Annual report on the working of the lock hospitals in the Central Provinces
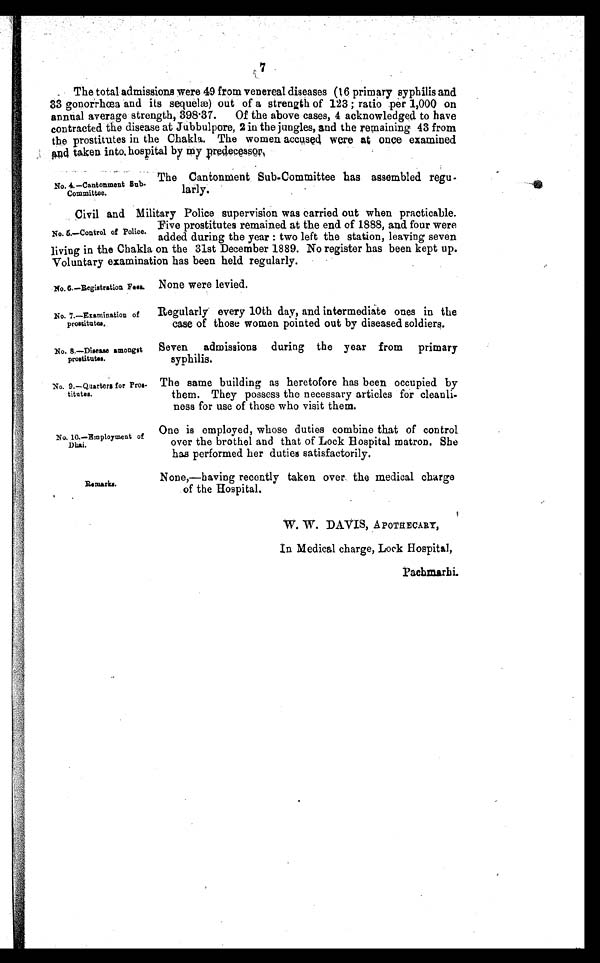
None were levied.
No. 7.—Examination of
prostitutes.
Regularly every 10th day, and intermediate ones in the
case of those women pointed out by diseased soldiers.
No. 8.—Disease amongst
prostitutes.
Seven admissions during the year from primary
syphilis.
No. 9.—Quarters for Pros-
titutes.
The same building as heretofore has been occupied by
them. They possess the necessary articles for cleanli-
ness for use of those who visit them.
No. 10.—Employment of
Dhai.
One is employed, whose duties combine that of control
over the brothel and that of Lock Hospital matron. She
has performed her duties satisfactorily.
Remarks.
7
The total admissions were 49 from venereal diseases (16 primary syphilis and
33 gonorrhœa and its sequelæ) out of a strength of 123 ; ratio per 1,000 on
annual average strength, 398 .37. Of the above cases, 4 acknowledged to have
contracted the disease at Jubbulpore, 2 in the jungles, and the remaining 43 from
the prostitutes in the Chakla. The women accused were at once examined
and taken into, hospital by my predecessor.
No. 4.—Cantonment Sub.
Committee.
The Cantonment. Sub-Committee has assembled regu-
larly.
No. 5.—Control of Police.
Civil and Military Police supervision was carried out when practicable.
Five prostitutes remained at the end of 1888, and four were
added during the year : two left the station, leaving seven
living in the Chakla on the 31st December 1889. No register has been kept up.
Voluntary examination has been held regularly.
No. 6.—Registration Fees.
None,—having recently taken over the medical charge
of the Hospital.
W. W. DAVIS, APOTHECARY,
In Medical charge, Lock Hospital,
Pachmarhi.